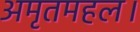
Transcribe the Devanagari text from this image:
अमृतमहल।